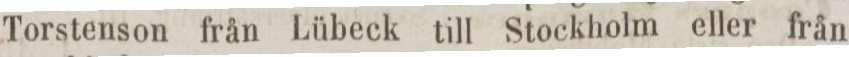
Torstenson från Lübeck till Stockholm eller från